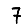
Digit: 7